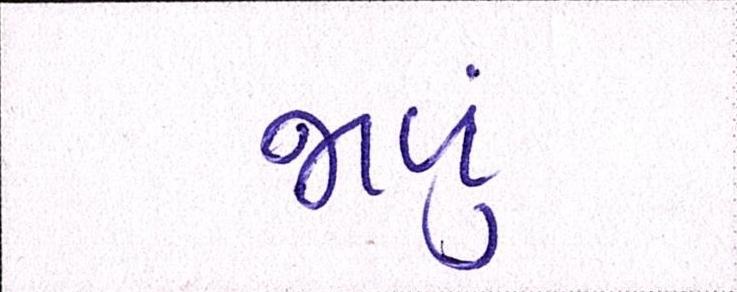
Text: જાળું